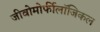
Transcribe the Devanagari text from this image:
जीवोमोर्फीलॉजिकल